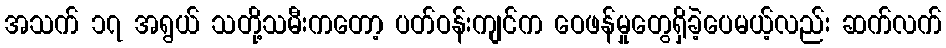
အသက် ၁၇ အရွယ် သတို့သမီးကတော့ ပတ်ဝန်းကျင်က ဝေဖန်မှုတွေရှိခဲ့ပေမယ့်လည်း ဆက်လက်